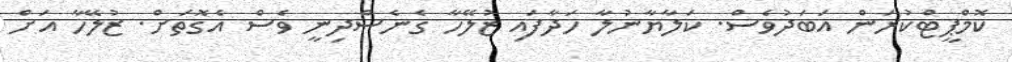
ކޮމްޕީޓްކުރަން އަބަދުވެސް. ކަލާޔާނުލާ ހަދާފައި ޒުލޭހާ ގެނެސްދިނީ ވެސް އެގޮތަށް. ޒުލޭހާ އަށް